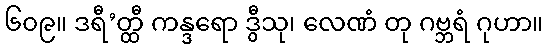
၆၀၉။ ဒရီ’တ္ထီ ကန္ဒရော ဒွီသု၊ လေဏံ တု ဂဗ္ဘရံ ဂုဟာ။